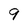
Character: 9